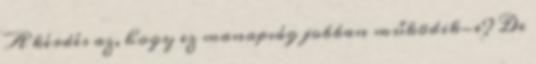
A kérdés az, hogy ez manapság jobban működik-e? De